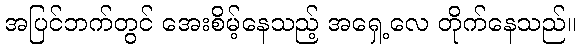
အပြင်ဘက်တွင် အေးစိမ့်နေသည့် အရှေ့လေ တိုက်နေသည်။